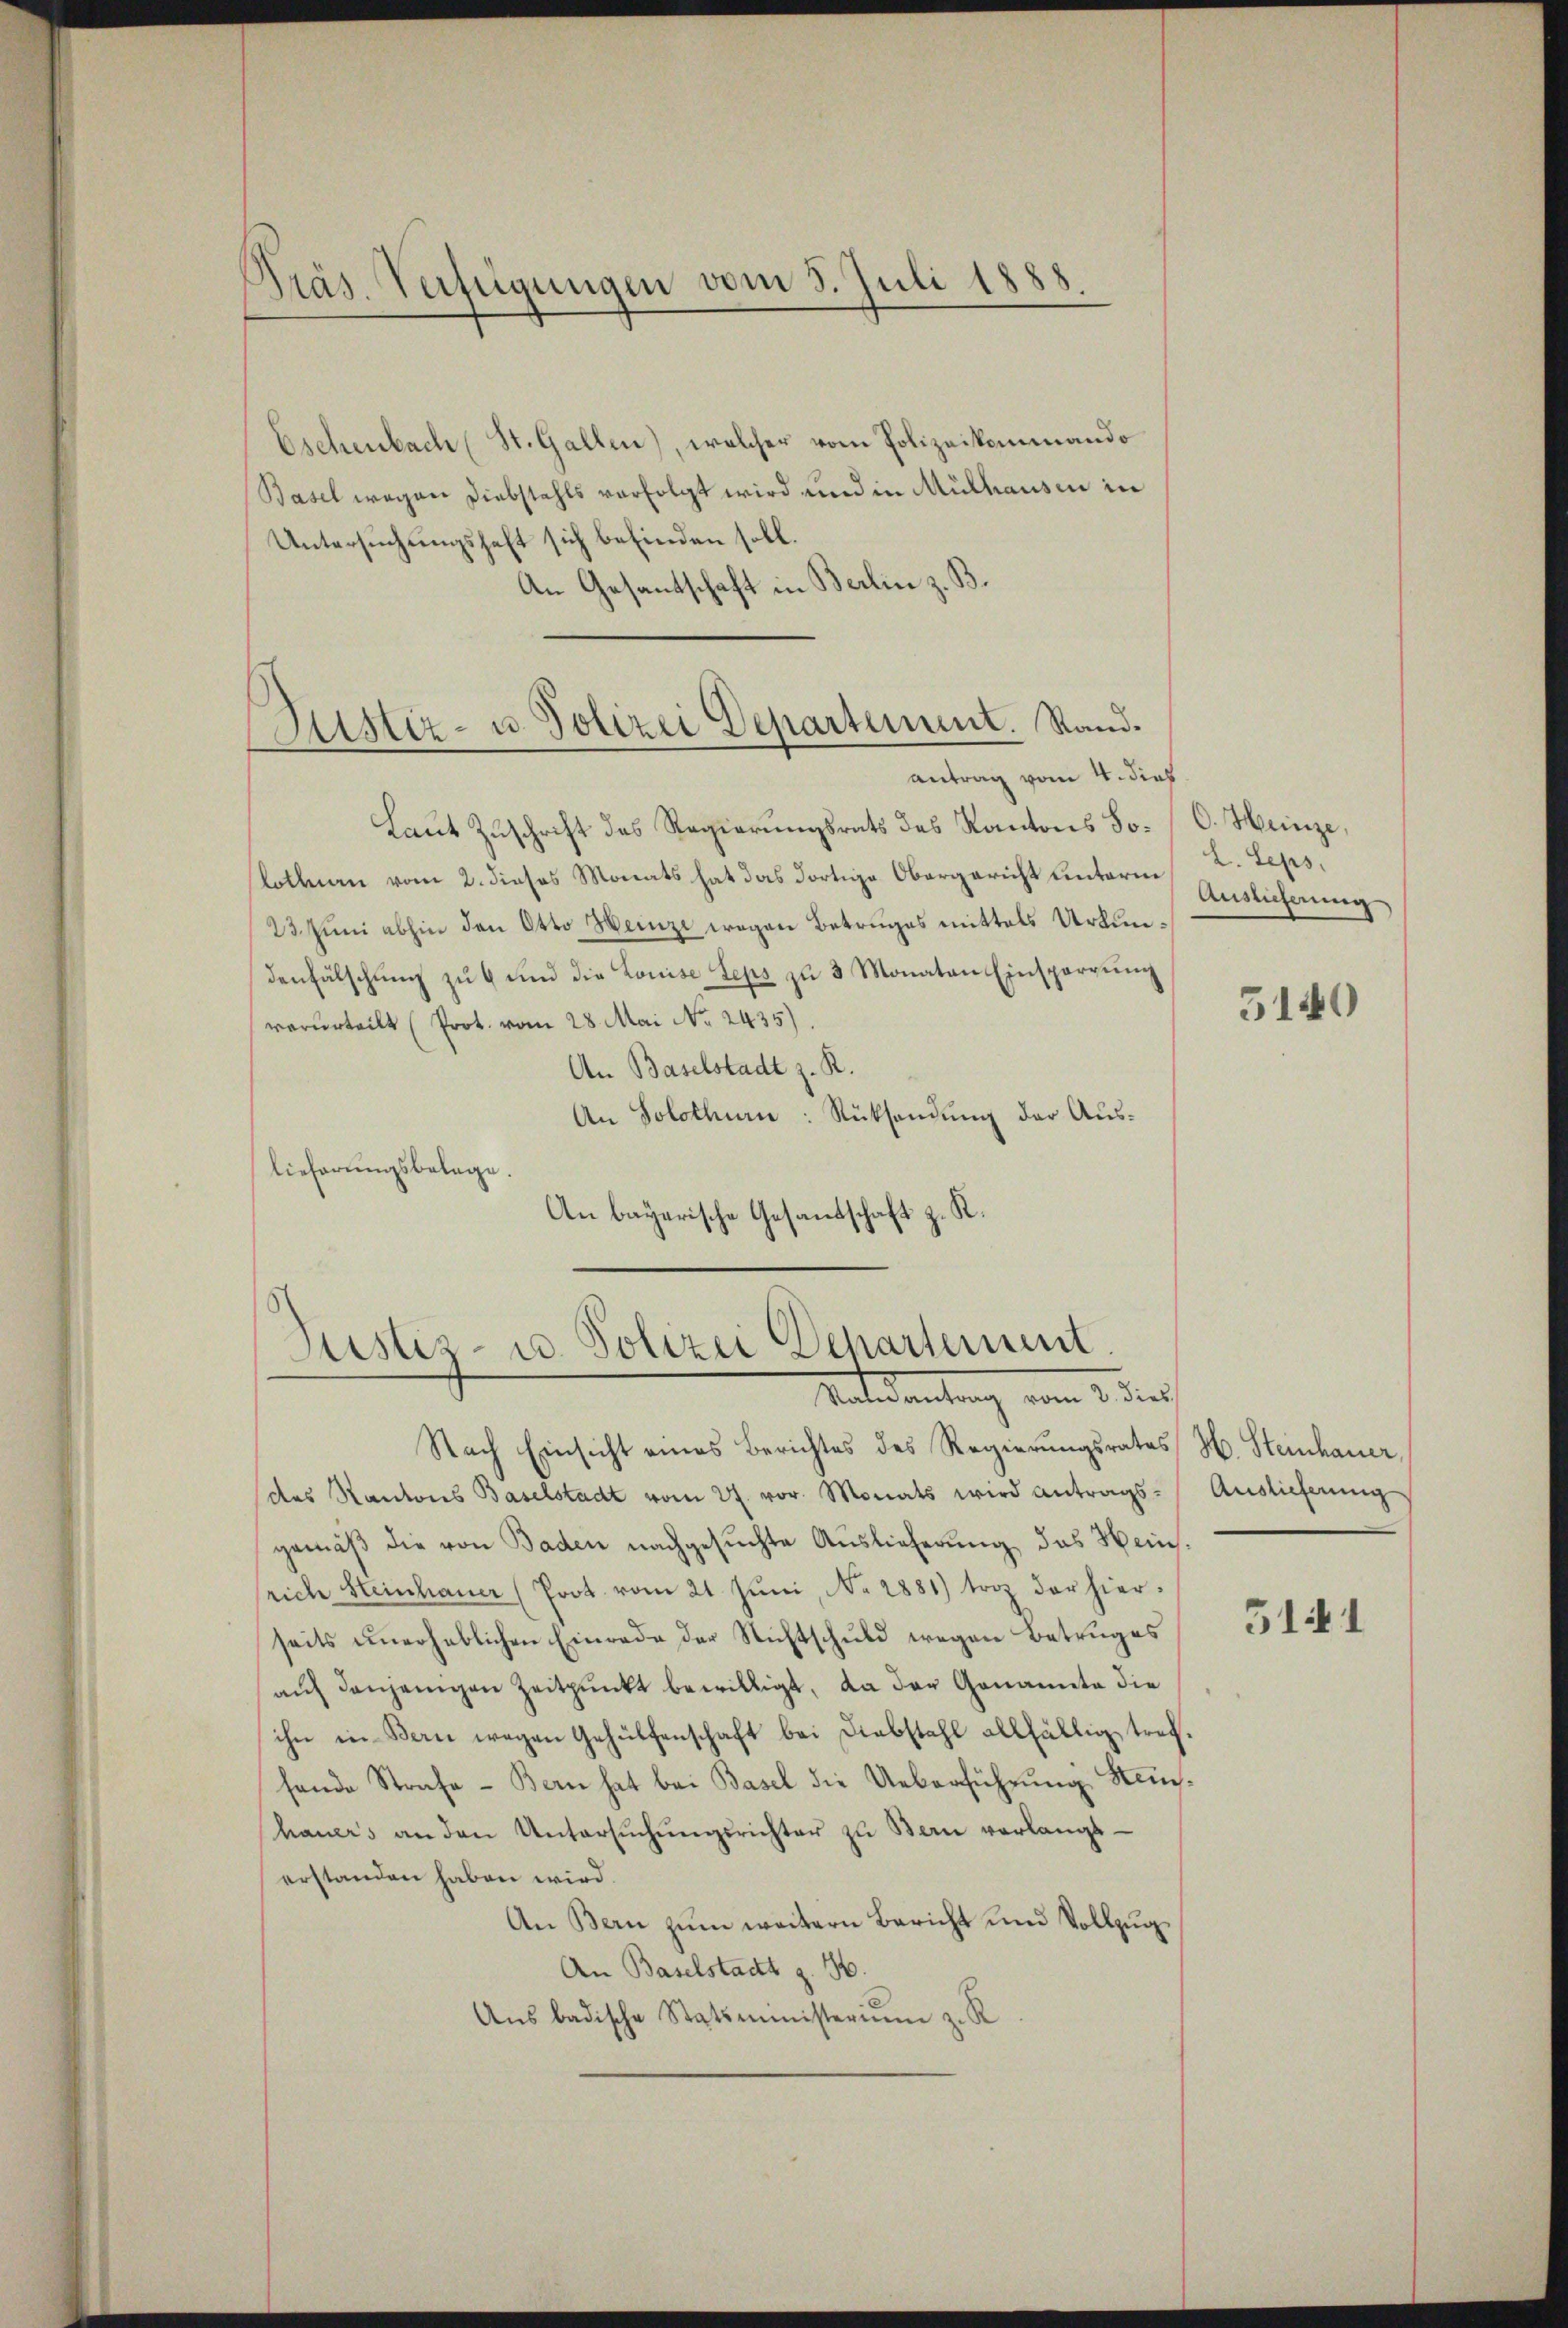
Präs. Verfügungen vom 5. Juli 1888.

Eschenbach (St. Gallen), welcher vom Polizeikommando
Basel wegen Diebstahls verfolgt wird und in Mülhausen in
Untersuchungshaft sich befinden soll.
An Gesantschaft in Berlin z. B.

Justiz- u. Polizei Departement. Stand.
antrag vom 4. dies

Laut Zuschrift des Regierungsrats des Kantons So. C. Hunze,
lottnau vom 2. dieses Monats hat das dortige Obergericht unterm
23. Juni abhin den Otto Heinze wegen Betruges mittels Urkundenfälschung zu 6 und die Louise Teps zu 3 Monaten Einsperrung
verurteilt (Prot. vom 28. Mai No 2435)
An Baselstadt z. R.
An Solothurn. Rücksendung der Auslieferungsbelage.
An bayerische Gesandschaft z. R.

Justiz- u. Polizei Departement.
Materdankung vom 3. ders

Nach Einsicht eines Berichtes des Regierŭngsrates H. Steinhauer,
(des Kantons Baselstadt vom 27. vor. Monats wird antrags- Auslieferung
gemäß die von Baden nachgesuchte Auslieferung, das Heinsriche Steinhauer (Poot vom 21. Juni, No. 2881) trotz der hierseits unerheblichen Einrade der Nichtschuld wegen Betruges
auf denjenigen Zeitpunkt bewilligt, da der Genannte die
ihn in Bern wegen Gehülfenschaft bei Diebstahl allfällig trefhende Strafe - Bern hat bei Basel die Ueberführung Stanhauers an den Untersŭchŭngsrichter zu Bern verlangt
erstanden haben wird.
An Bern zum weitern Bericht und Vollzugs
An Baselstadt z. B.
Ans badische Statsministerium z. R

L. Leps.
Auslicherung

5140

5141